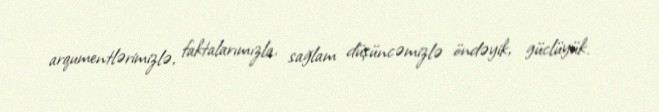
arqumentlərimizlə, faktalarımızla, sağlam düşüncəmizlə öndəyik, güclüyük.